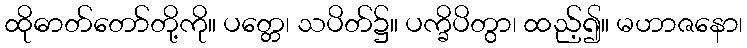
ထိုဓာတ်တော်တို့ကို။ ပတ္တေ၊ သပိတ်၌။ ပက္ခိပိတွာ၊ ထည့်၍။ မဟာဇနော၊